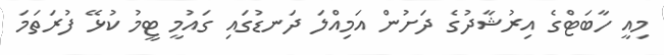
މިއީ ހާބަޓްގެ އިރުޝާދުގެ ދަށުން އަމިއްލަ ދަނޑުގައި ގައުމީ ޓީމު ކުޅޭ ފުރަތަމަ